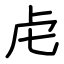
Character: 虍